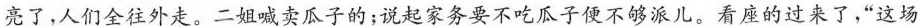
亮了，人们全往外走。二姐喊卖瓜子的；说起家务要不吃瓜子便不够派儿。看座的过来了，“这场